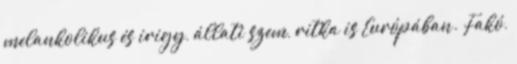
melankolikus és irigy, állati szem, ritka is Európában. Fakó,